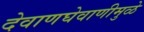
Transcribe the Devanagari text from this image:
देवाणघेवाणीमुळे